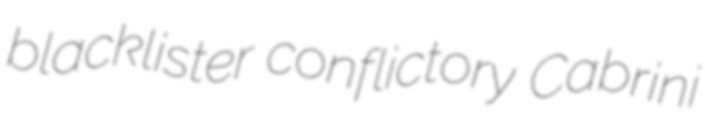
blacklister conflictory Cabrini